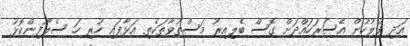
އަދި ފުލުހުން އެސަރަހައްދަށް ގޮސް ބެލިއިރު މަސްތުވާތަކެތި އަޅާފައި ހުރި ހަ ސެލޯފިންކޮޅު